Vaccination in the Punjab 1867-1880 - 1867-1880
Year: 1867
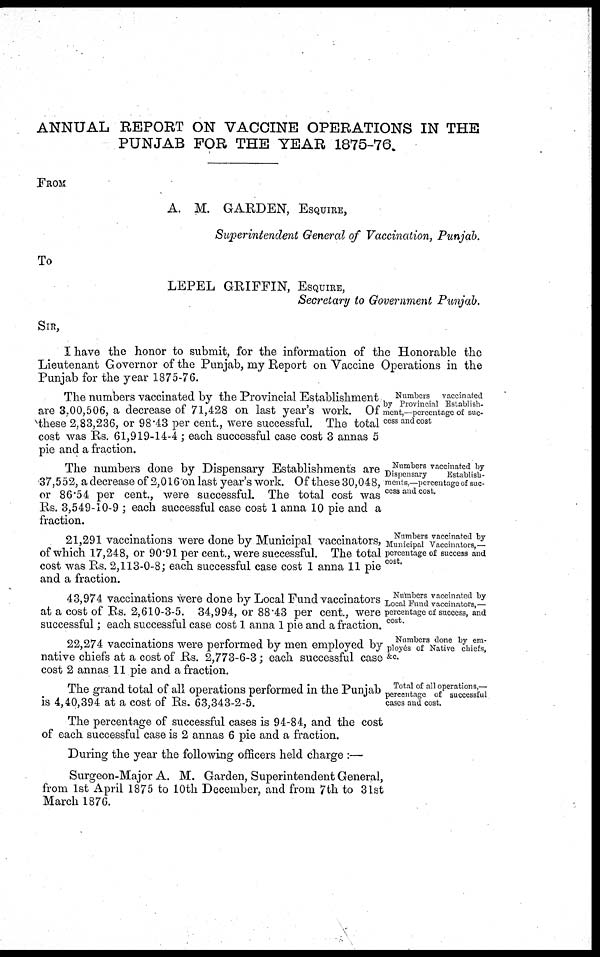
ANNUAL REPORT ON VACCINE OPERATIONS IN THE
PUNJAB FOR THE YEAR 1875-76.
FROM
A. M. GARDEN, ESQUIRE,
Superintendent General of Vaccination, Punjab.
To
LEPEL GRIFFIN, ESQUIRE,
Secretary to Government Punjab.
SIR,
I have the honor to submit, for the information of the Honorable the
Lieutenant Governor of the Punjab, my Report on Vaccine Operations in the
Punjab for the year 1875-76.
Numbers
vaccinated
by Provincial Establish-
ment,—percentage of suc-
cess and cost
The numbers vaccinated by the Provincial Establishment
are 3,00,506, a decrease of 71,428 on last year's work. Of
these 2,83,236, or 98.43 per cent., were successful. The total
cost was Rs. 61,919-14-4 ; each successful case cost 3 annas 5
pie and a fraction.
Numbers vaccinated by
Dispensary
Establish-
ments,—percentage of suc-
cess and cost.
The numbers done by Dispensary Establishments are
37,552, a decrease of 2,016 on last year's work. Of these 30,048,
or 86.54 per cent., were successful. The total cost was
Rs. 3,549-10-9 ; each successful case cost 1 anna 10 pie and a
fraction.
Numbers vaccinated by
Municipal Vaccinators,—
percentage of success and
cost.
21,291 vaccinations were done by Municipal vaccinators,
of which 17,248, or 90.91 per cent., were successful. The total
cost was Rs. 2,113-0-8; each successful case cost 1 anna 11 pie
and a fraction.
Numbers vaccinated by
Local Fund vaccinators,—
percentage of success, and
cost.
43,974 vaccinations were done by Local Fund vaccinators
at a cost of Rs. 2,610-3-5. 34,994, or 88.43 per cent., were
successful; each successful case cost 1 anna 1 pie and a fraction.
Numbers done by em-
ployés of Native chiefs,
&c.
22,274 vaccinations were performed by men employed by
native chiefs at a cost of Rs. 2,773-6-3; each successful case
cost 2 annas 11 pie and a fraction.
Total of all operations,—
percentage of successful
cases and cost,
The grand total of all operations performed in the Punjab
is 4,40,394 at a cost of Rs. 63,343-2-5.
The percentage of successful cases is 94-84, and the cost
of each successful case is 2 annas 6 pie and a fraction.
During the year the following officers held charge :—
Surgeon-Major A. M. Garden, Superintendent General,
from 1st April 1875 to 10th December, and from 7th to 31st
March 1876.